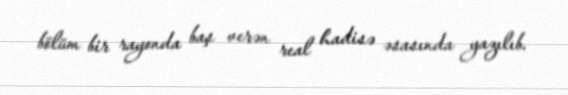
bölüm bir rayonda baş verən real hadisə əsasında yazılıb.